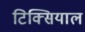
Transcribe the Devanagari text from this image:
टिक्सियाल